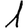
Digit: 1